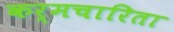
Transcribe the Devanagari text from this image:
कर्मचारिता